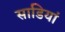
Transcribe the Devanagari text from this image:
साडियां